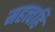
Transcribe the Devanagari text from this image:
महत्त्वहि